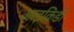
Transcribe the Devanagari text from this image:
आइकिडो